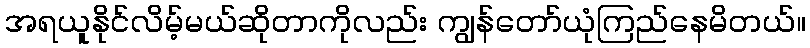
အရယူနိုင်လိမ့်မယ်ဆိုတာကိုလည်း ကျွန်တော်ယုံကြည်နေမိတယ်။